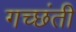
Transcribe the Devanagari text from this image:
गच्छंती